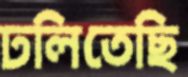
ঢলিতেছি